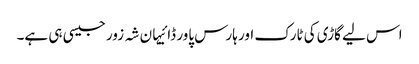
اس لیے گاڑی کی ٹارک اور ہارس پاور ڈائیہان شہ زور جیسی ہی ہے۔